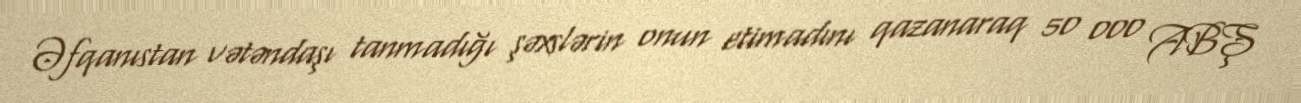
Əfqanıstan vətəndaşı tanmadığı şəxslərin onun etimadını qazanaraq 50 000 ABŞ